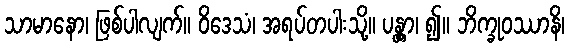
သာမာနော၊ ဖြစ်ပါလျက်။ ဝိဒေသံ၊ အရပ်တပါးသို့။ ပန္တွာ၊ ၍။ ဘိက္ခုဝဿာနိ၊